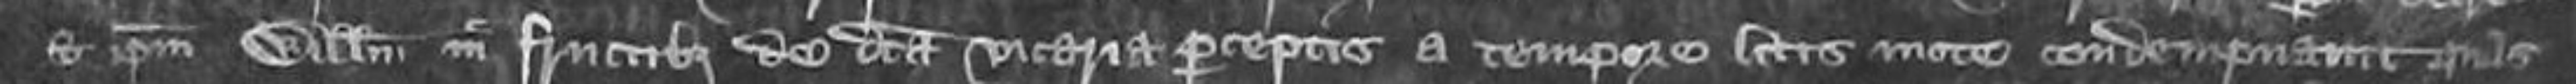
et ipsum William in fructibus de dicta vicaria preceptis a tempore litteras mote condempnavit quas